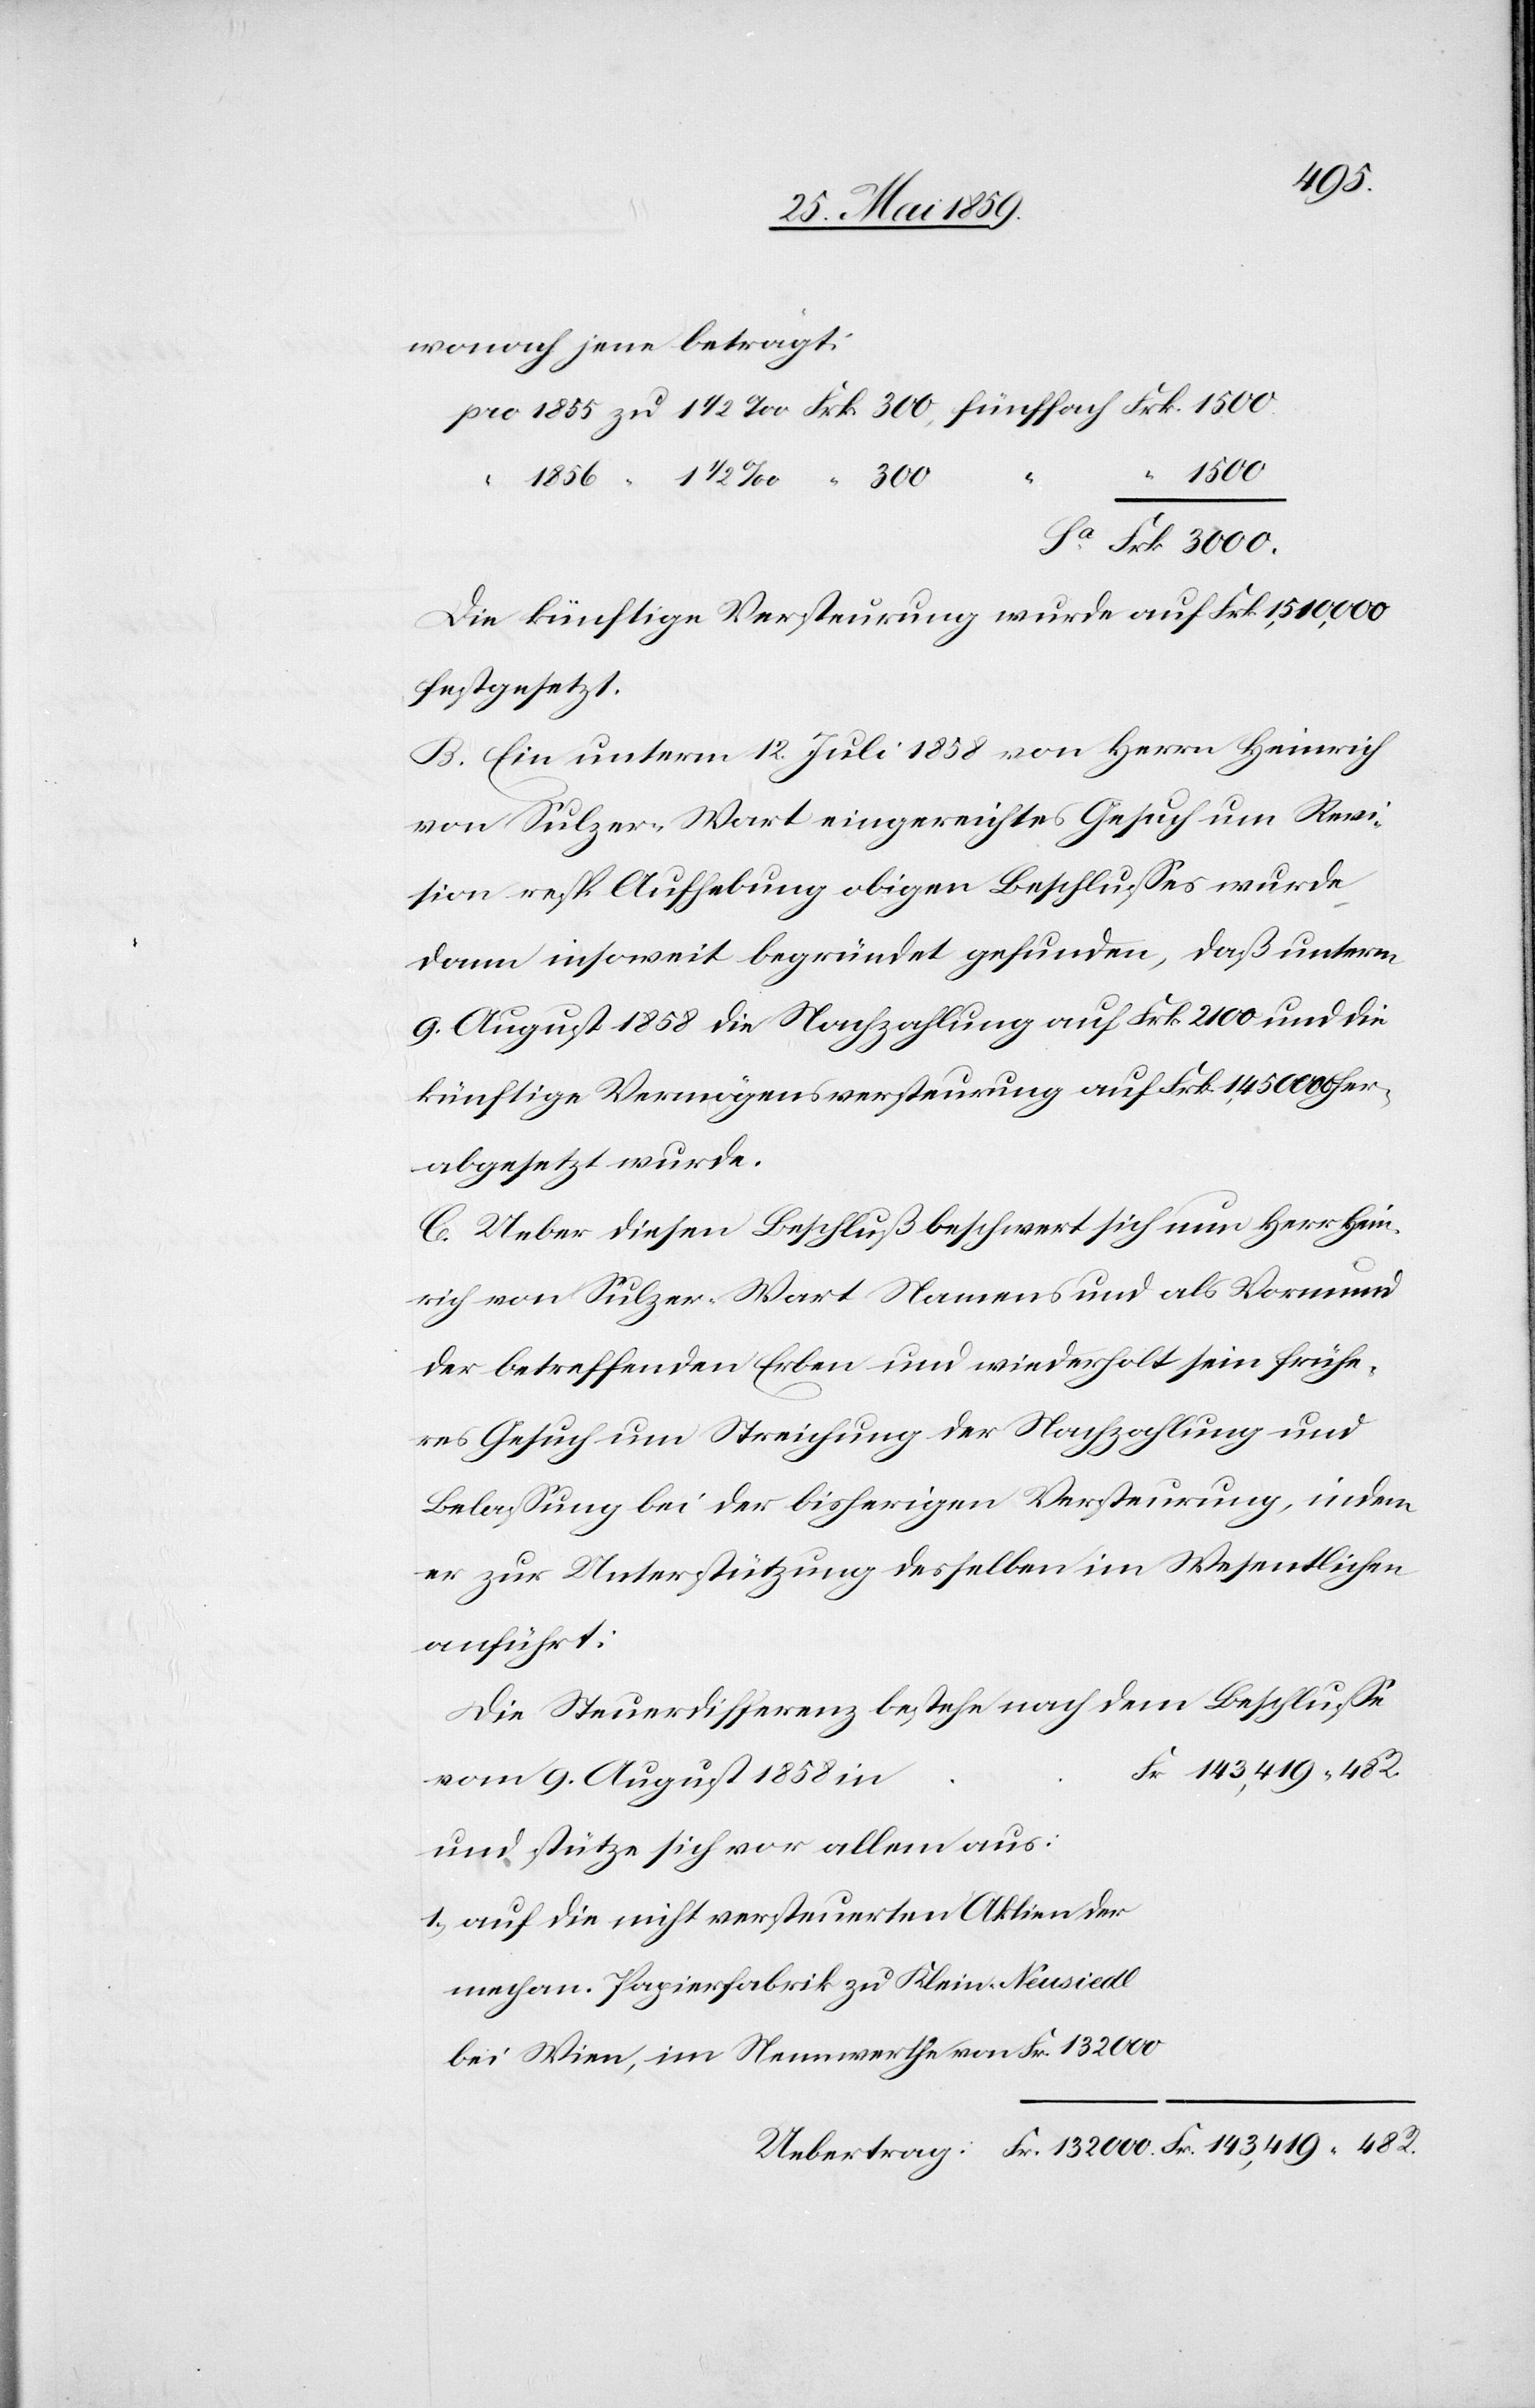
wonach jene beträgt:
pro 1855 zu 1 ½ ‰ Frk 300, fünffach Frk. 1500
“ 1500
1856 “ 1 ½ ‰ “ 300
Sa Frk 3000.
Die künftige Versteurung wurde auf Frk 1‘510‘000
festgesetzt.
B. Ein unterm 12. Juli 1858 von Herrn Heinrich
von Sulzer-Wart eingereichtes Gesuch um Revi¬
sion resp Aufhebung obigen Beschlusses wurde
dann insoweit begründet gefunden, daß unterm
9. August 1858 die Nachzahlung auf Frk 2100 und die
künftige Vermögensversteurung auf Frk. 1‘450‘500 her¬
abgesetzt wurde.
C. Ueber diesen Beschluß beschwert sich nun Herr Hein¬
rich von Sulzer-Wart Namens und als Vormund
der betreffenden Erben und wiederholt sein frühe¬
res Gesuch um Streichung der Nachzahlung und
Belassung bei der bisherigen Versteurung, indem
er zur Unterstützung desselben im Wesentlichen
anführt:
Die Steuerdifferenz bestehe nach dem Beschlusse
vom 9. August 1858 in
und stütze sich vor allem aus:
1) auf die nicht versteuerten Aktien der
mechan. Papierfabrik zu Klein-Neusiedl
bei Wien, im Nennwerthe von Fr. 132000